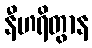
နီဟရိတွာန